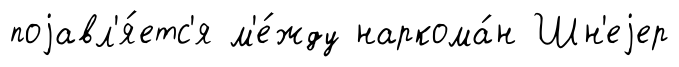
поjавл'я́етс'я м'е́жду наркома́н Шн'еjер